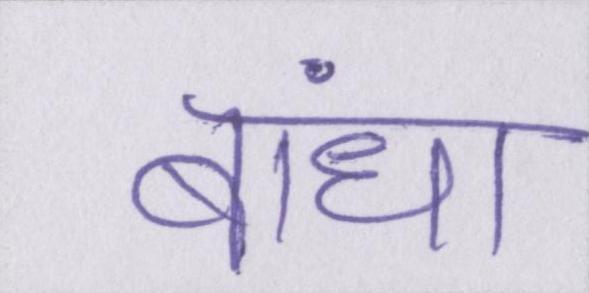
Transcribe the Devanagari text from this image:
बांधा